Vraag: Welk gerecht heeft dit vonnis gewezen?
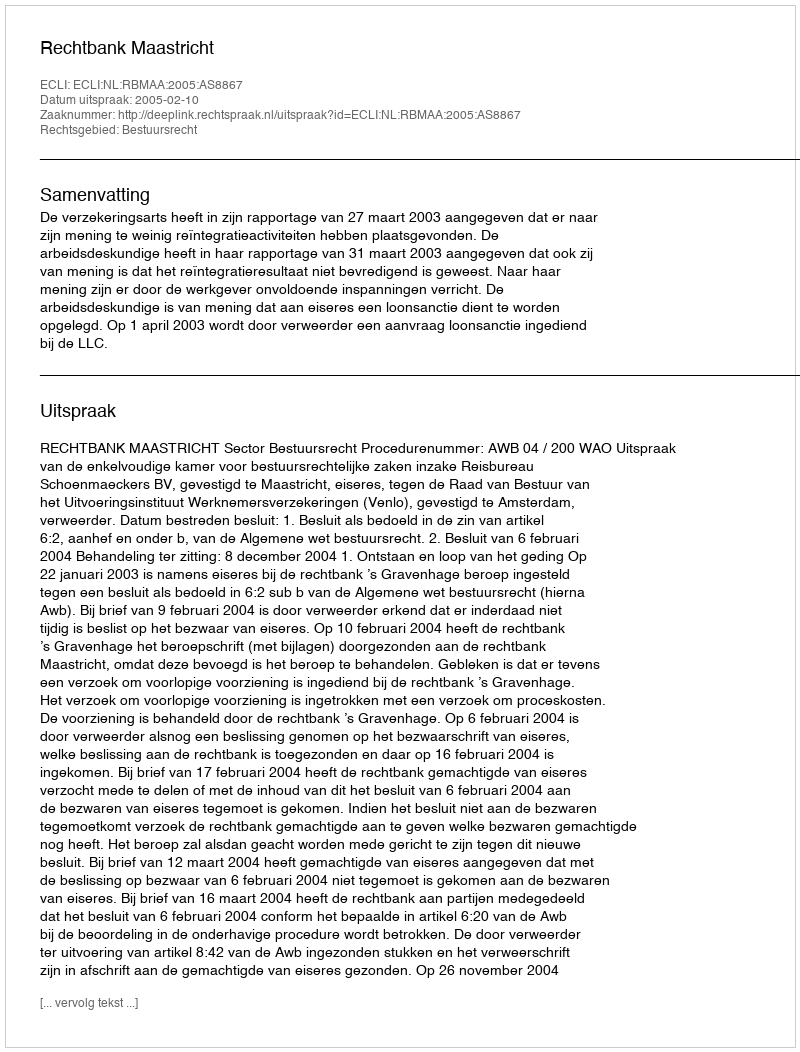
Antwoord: Rechtbank Maastricht